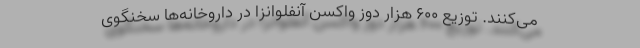
می‌کنند. توزیع ۶۰۰ هزار دوز واکسن آنفلوانزا در داروخانه‌ها سخنگوی